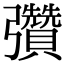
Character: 𢑊